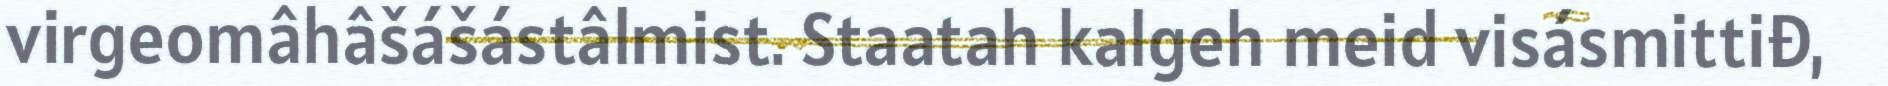
virgeomâhâšášástâlmist. Staatah kalgeh meid visásmittiđ,